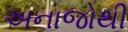
અનાજોથી